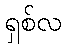
ရှစ်လ